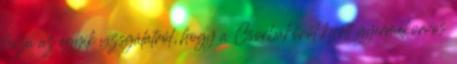
haza az egyik vizsgálatról, hogy a Csorbakõrõl kijött gyermekorvos